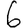
Digit: 6